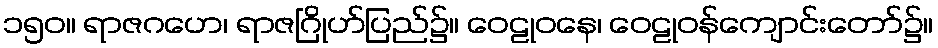
၁၅၀။ ရာဇဂဟေ၊ ရာဇဂြိုဟ်ပြည်၌။ ဝေဠုဝနေ၊ ဝေဠုဝန်ကျောင်းတော်၌။